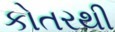
કોતરથી